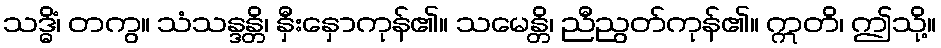
သဒ္ဓိံ၊ တကွ။ သံသန္ဒန္တိ၊ နှီးနှောကုန်၏။ သမေန္တိ၊ ညီညွတ်ကုန်၏။ ဣတိ၊ ဤသို့။